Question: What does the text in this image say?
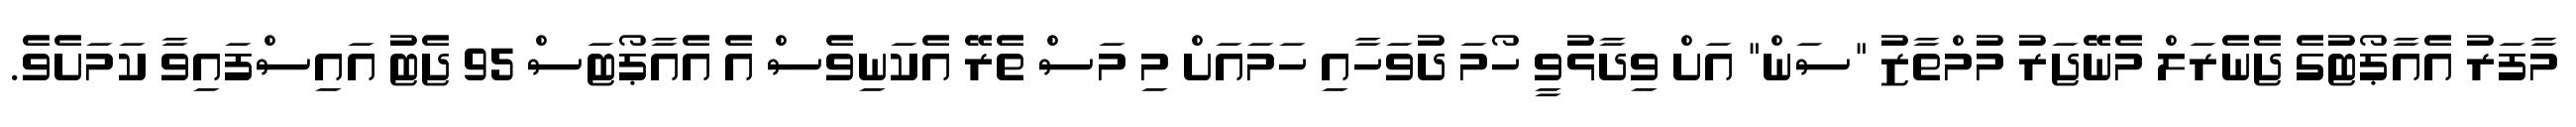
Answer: މާފަރު އެއާޕޯޓުގެ ޖެނެރަލް މެނޭޖަރު މުމްތާޒު "ސަން" އަށް ވިދާޅުވީ ހޯމަ ދުވަހާއި ހަމައަށް މި މަސް ތެރޭ އެކަނިވެސް އެ އެއާޕޯޓަސް 95 ޖެޓު އައިސްފައިވާ ކަމަށެވެ.